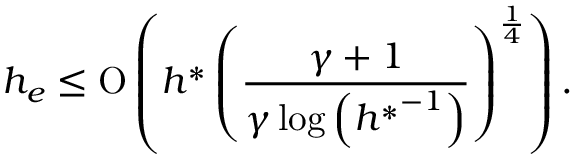
h _ { e } \leq \ensuremath { \operatorname { O } \left( h ^ { \ast } \left( \frac { \gamma + 1 } { \gamma \log { \left( { h ^ { \ast } } ^ { - 1 } \right) } } \right) ^ { \frac { 1 } { 4 } } \right) } .